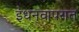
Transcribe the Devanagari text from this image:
इंधनवापरात